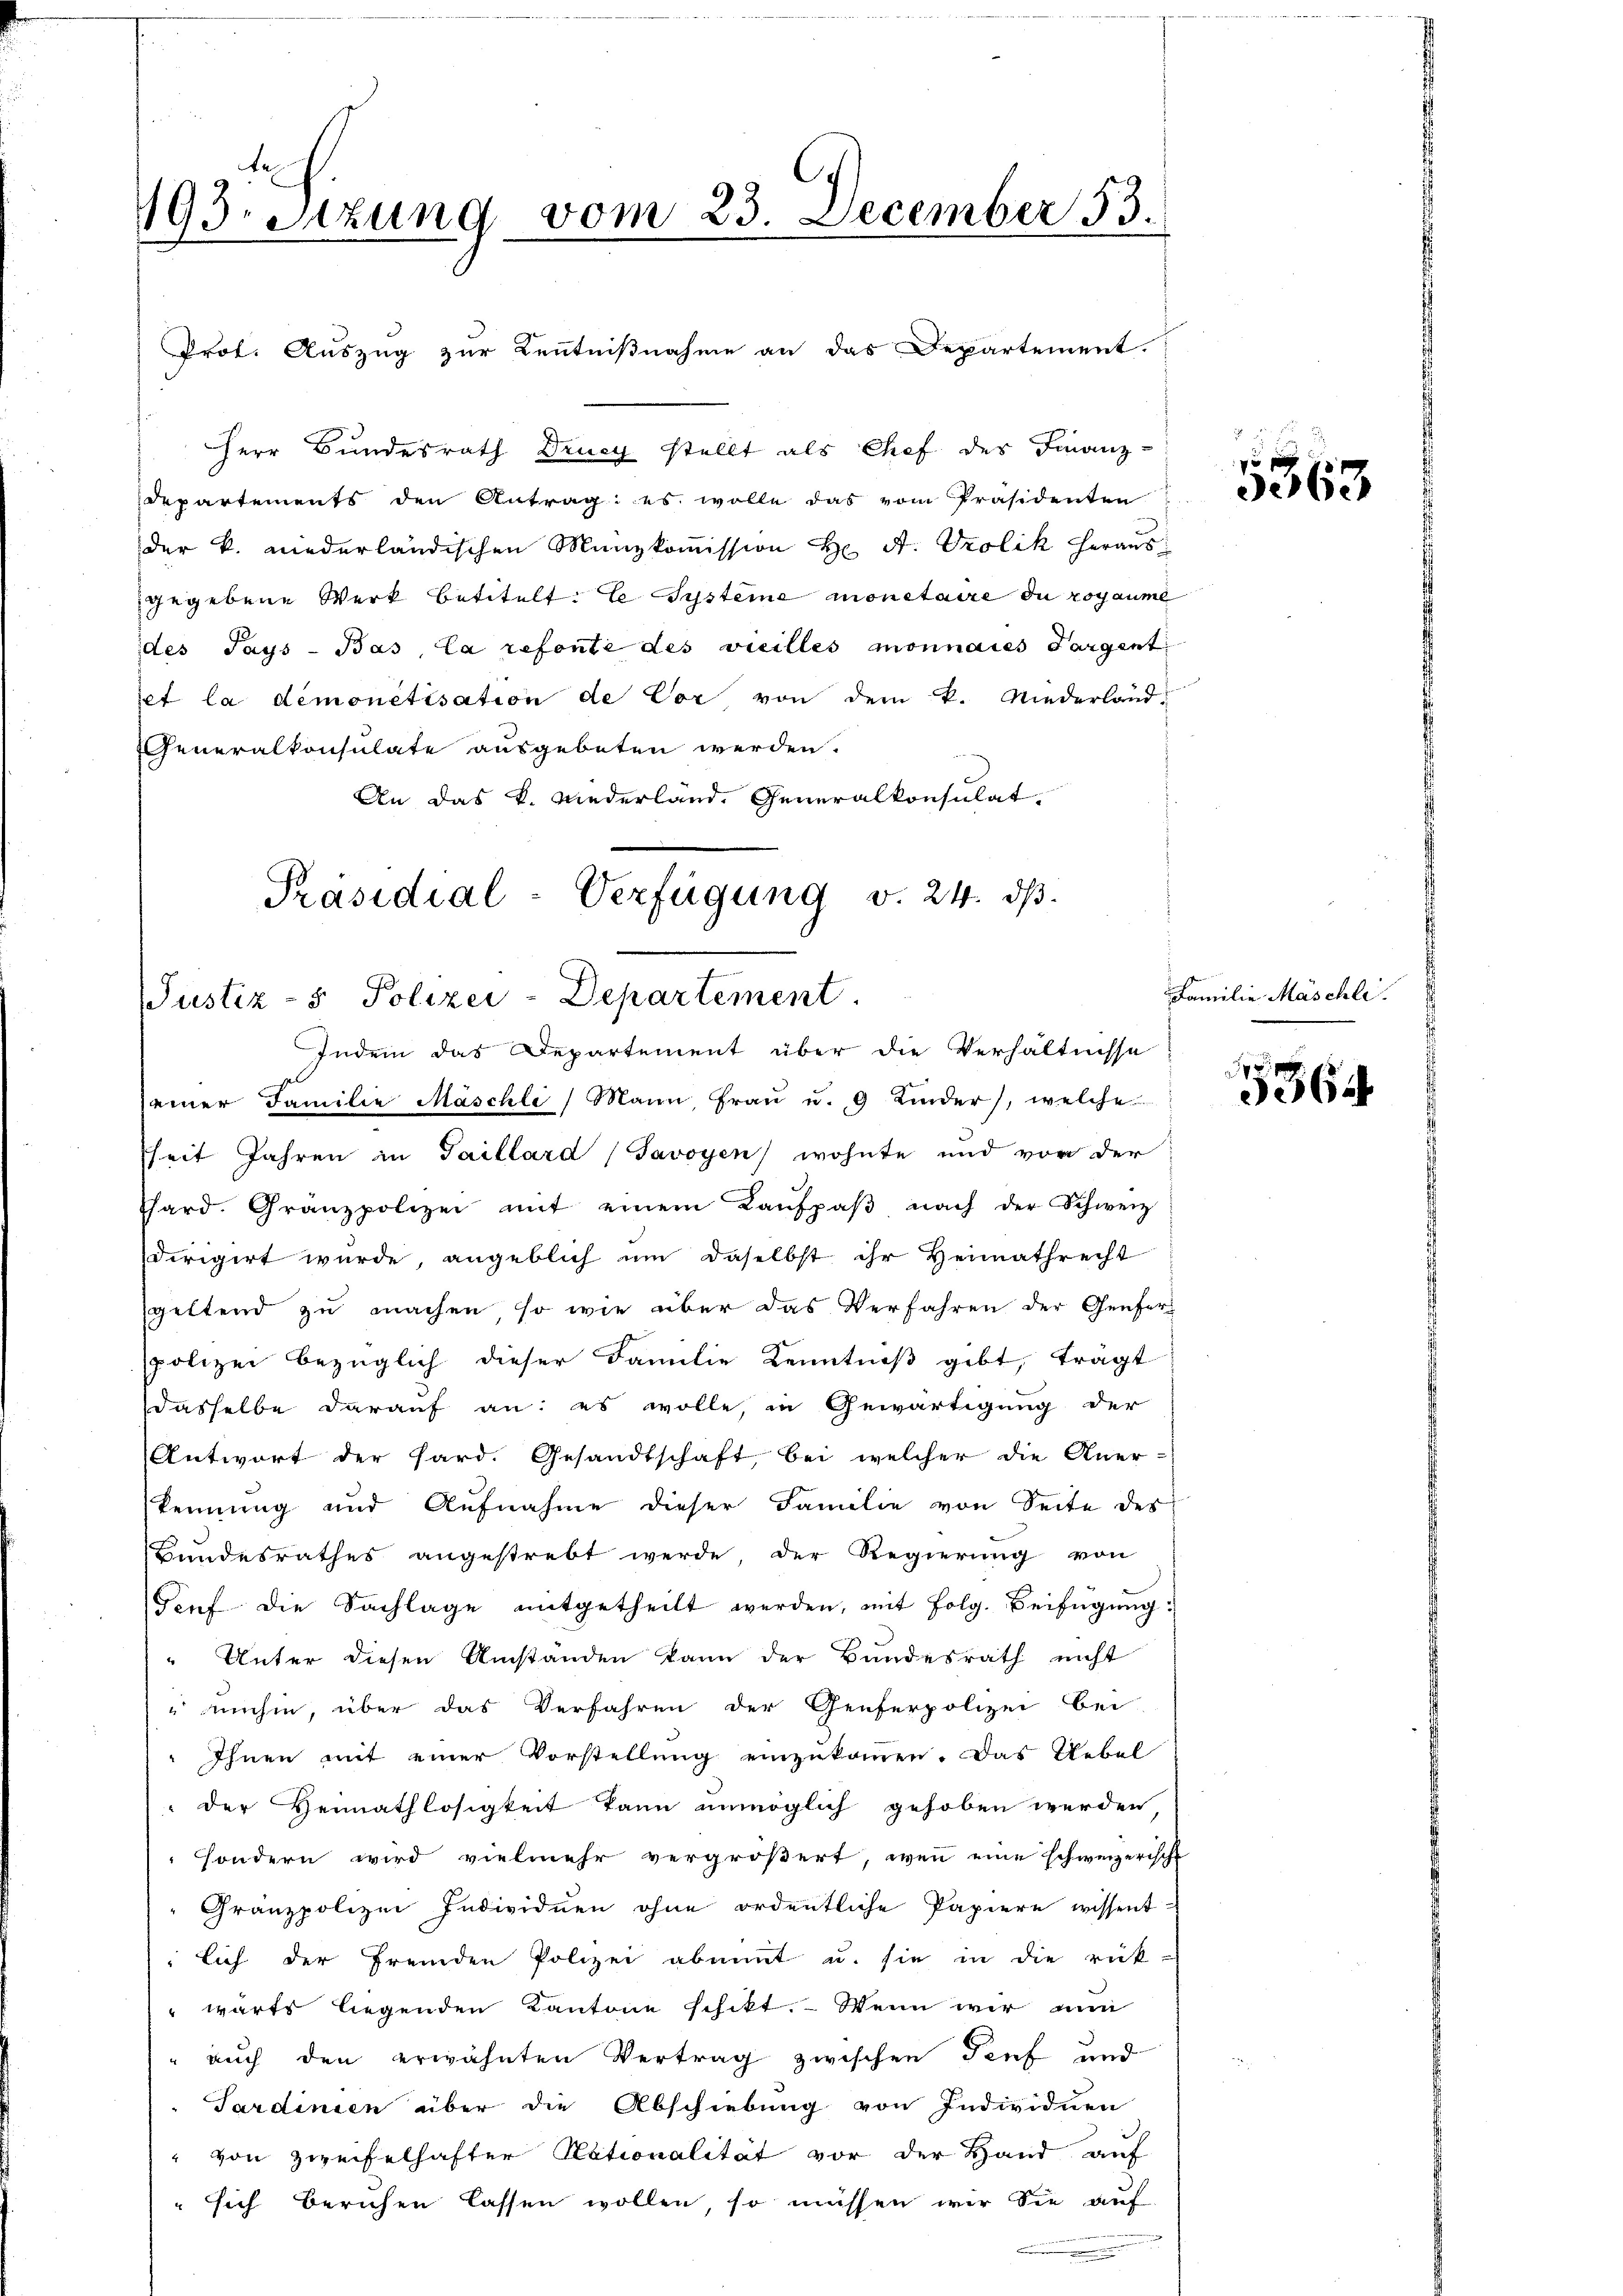
193. Sitzung vom 23. December 53.
Prot. Auszug zur Kenntnißnahme an das Departement.

Herr Bundesrath Drucy stellt als Chef der Finanz-
departements den Antrag: es wolle das vom Präsidenten
der k. niederländischen Manzkoṁission H. A. Vrolik heraus
gegebene Werk betitelt: te Systeme monetaire du rogaume
des Pays-Bas, la refonte des vielles monnaies Fargent
jet la demonetisation de Vor von dem K. Niederland-
Generalkonsulate ausgebeten werden.
An das K. Niederland. Generalkonsulat,
Präsidial-Verfügung v. 24. ds.

Justiz- & Polizei-Departement.
Indem das Departement über die Verhältnisse

seiner Familie Maschli, Mann Fraŭ u. 9 Kinder, welche
sheit Jahren in Saillard (Javoyen wohnte und von der
Thard. Granzpolizei mit einem Kaŭfpaβ nach der Schweiz
dirigirt wurde, angeblich um daselbst ihr Heimathrecht
geltend zu machen, so wie über das Verfahren der Genferpolizei bezüglich dieser Familie Kenntniß gibt, tragt
dasselbe darauf an: es wolle, in Gewärtigung der
Antwort der Pard. Gesandtschaft, bei welcher die Aner-
kennung und Aufnahme dieser Familie von Seite des
Bundesrathes angestrebt werde der Regierung von
dorf die Sachlage mitgetheilt werden, mit folg. Beifügung
Unter diesen Umstanden kann der Bundesrath nicht
 anhin, über das Verfahren der Genferpolizei bei-
Ihnen mit einer Vorstellung einzukommen. Das Uebel
der Hennathlosigkeit kann unmöglich gehoben werden
sondern wird vielmehr vergrößert, wenn eine schweizerische
Gränzpolizei Individuen ohne ordentliche Papiere wissent-
lich der fremden Polizei abannt u. sie in die rük-
wärts liegenden Kantone schikt. Wenn wir nun
" auch den erwähnten Vertrag zwischen Genf und
Sardinien über die Abschiebung von Individuen
" von Zweifelhafter Nationalität vor der Hand auf
 sich berichen lassen wollen, so müssen wir die auf

x
362

Familie Maschli

5364